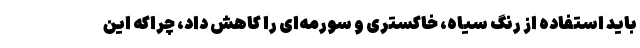
باید استفاده از رنگ سیاه، خاکستری و سورمه‌ای را کاهش داد، چراکه این